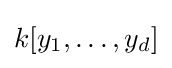
k[y_{1},\ldots ,y_{d}]